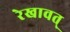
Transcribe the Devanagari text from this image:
रेखावत्‌